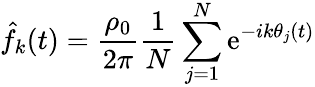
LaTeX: \hat{f}_{k}(t)={\frac{\rho_{0}}{2\pi}}{\frac{1}{N}}\sum_{j=1}^{N}\mathrm{e}^{-ik\theta_{j}(t)}